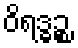
ဝိရဒ္ဓဉ္စ